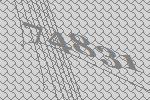
74831